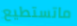
ماتستطيع